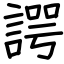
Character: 諤